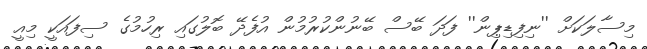
މިސާލަކަށް ''ނިފިޑިޕިން'' ފަދަ ބޭސް ބޭނުންކުރުމުން އުފެދޭ ބޮލުގައި ރިހުމުގެ ސިފައަކީ މިއީ